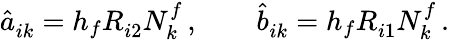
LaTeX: \hat{a}_{ik}^{\sf}=h_{f}R_{i2}^{\sf}N_{k}^{f}\, ,\qquad\hat{b}_{ik}^{\sf}=h_{f}R_{i1}^{\sf}N_{k}^{f}\, .